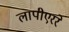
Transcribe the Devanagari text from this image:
लापीएररे